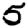
Digit: 5